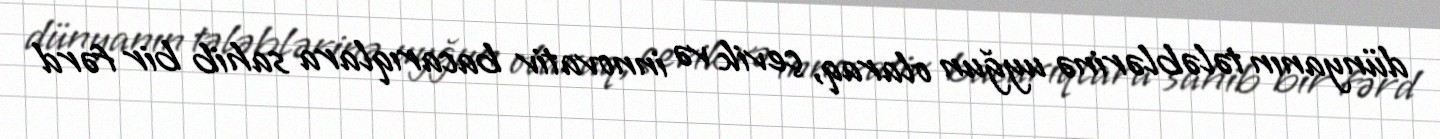
dünyanın tələblərinə uyğun olaraq, çevik və innovativ bacarıqlara sahib bir fərd